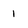
Character: 1